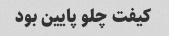
کیفت چلو پایین بود